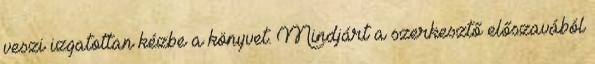
veszi izgatottan kézbe a könyvet. Mindjárt a szerkesztő előszavából